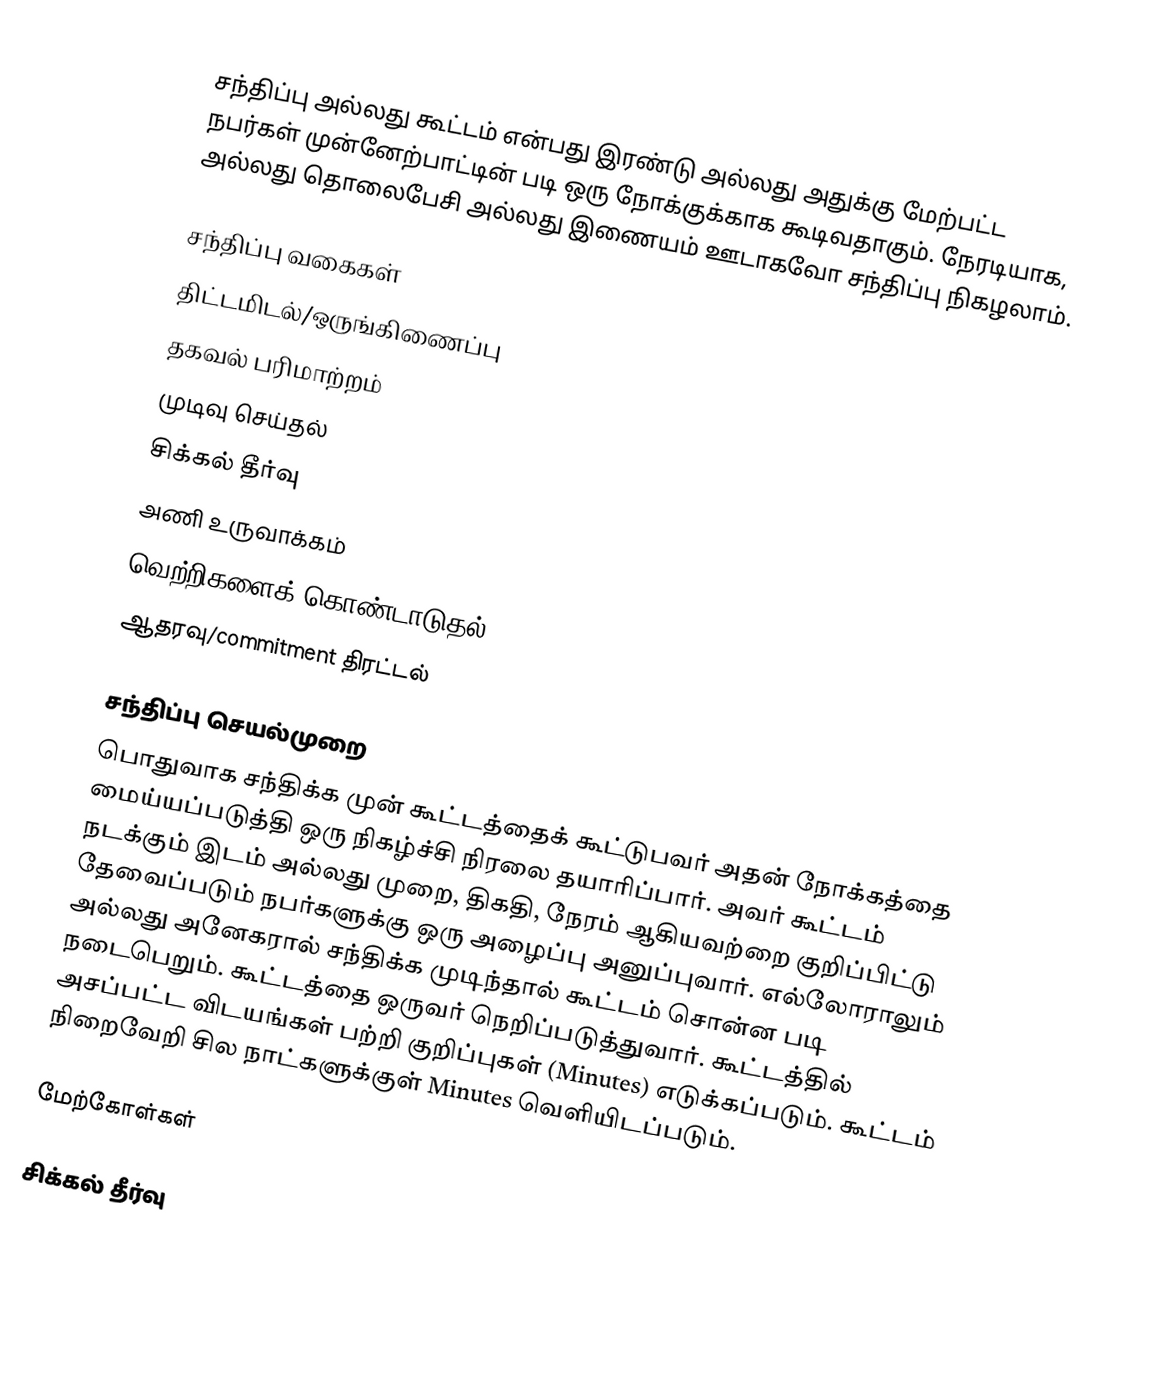
சந்திப்பு அல்லது கூட்டம் என்பது இரண்டு அல்லது அதுக்கு மேற்பட்ட நபர்கள் முன்னேற்பாட்டின் படி ஒரு நோக்குக்காக கூடிவதாகும்.  நேரடியாக, அல்லது தொலைபேசி அல்லது இணையம் ஊடாகவோ சந்திப்பு நிகழலாம்.

சந்திப்பு வகைகள்
 திட்டமிடல்/ஒருங்கிணைப்பு
 தகவல் பரிமாற்றம்
 முடிவு செய்தல்
 சிக்கல் தீர்வு
 அணி உருவாக்கம்
 வெற்றிகளைக் கொண்டாடுதல்
 ஆதரவு/commitment திரட்டல்

சந்திப்பு செயல்முறை
பொதுவாக சந்திக்க முன் கூட்டத்தைக் கூட்டுபவர் அதன் நோக்கத்தை மைய்யப்படுத்தி ஒரு நிகழ்ச்சி நிரலை தயாரிப்பார்.  அவர் கூட்டம் நடக்கும் இடம் அல்லது முறை, திகதி, நேரம் ஆகியவற்றை குறிப்பிட்டு தேவைப்படும் நபர்களுக்கு ஒரு அழைப்பு அனுப்புவார்.  எல்லோராலும் அல்லது அனேகரால் சந்திக்க முடிந்தால் கூட்டம் சொன்ன படி நடைபெறும்.  கூட்டத்தை ஒருவர் நெறிப்படுத்துவார்.  கூட்டத்தில் அசப்பட்ட விடயங்கள் பற்றி குறிப்புகள் (Minutes) எடுக்கப்படும்.  கூட்டம் நிறைவேறி சில நாட்களுக்குள் Minutes வெளியிடப்படும்.

மேற்கோள்கள்

சிக்கல் தீர்வு